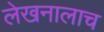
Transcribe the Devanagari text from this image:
लेखनालाच